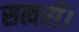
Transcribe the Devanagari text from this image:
सत्वरीं।